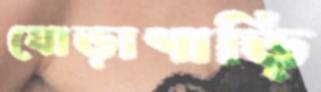
ঘোড়াগাড়ি